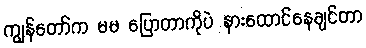
ကျွန်တော်က မမ ပြောတာကိုပဲ နားထောင်နေချင်တာ